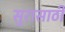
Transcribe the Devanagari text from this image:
सुरासाठी